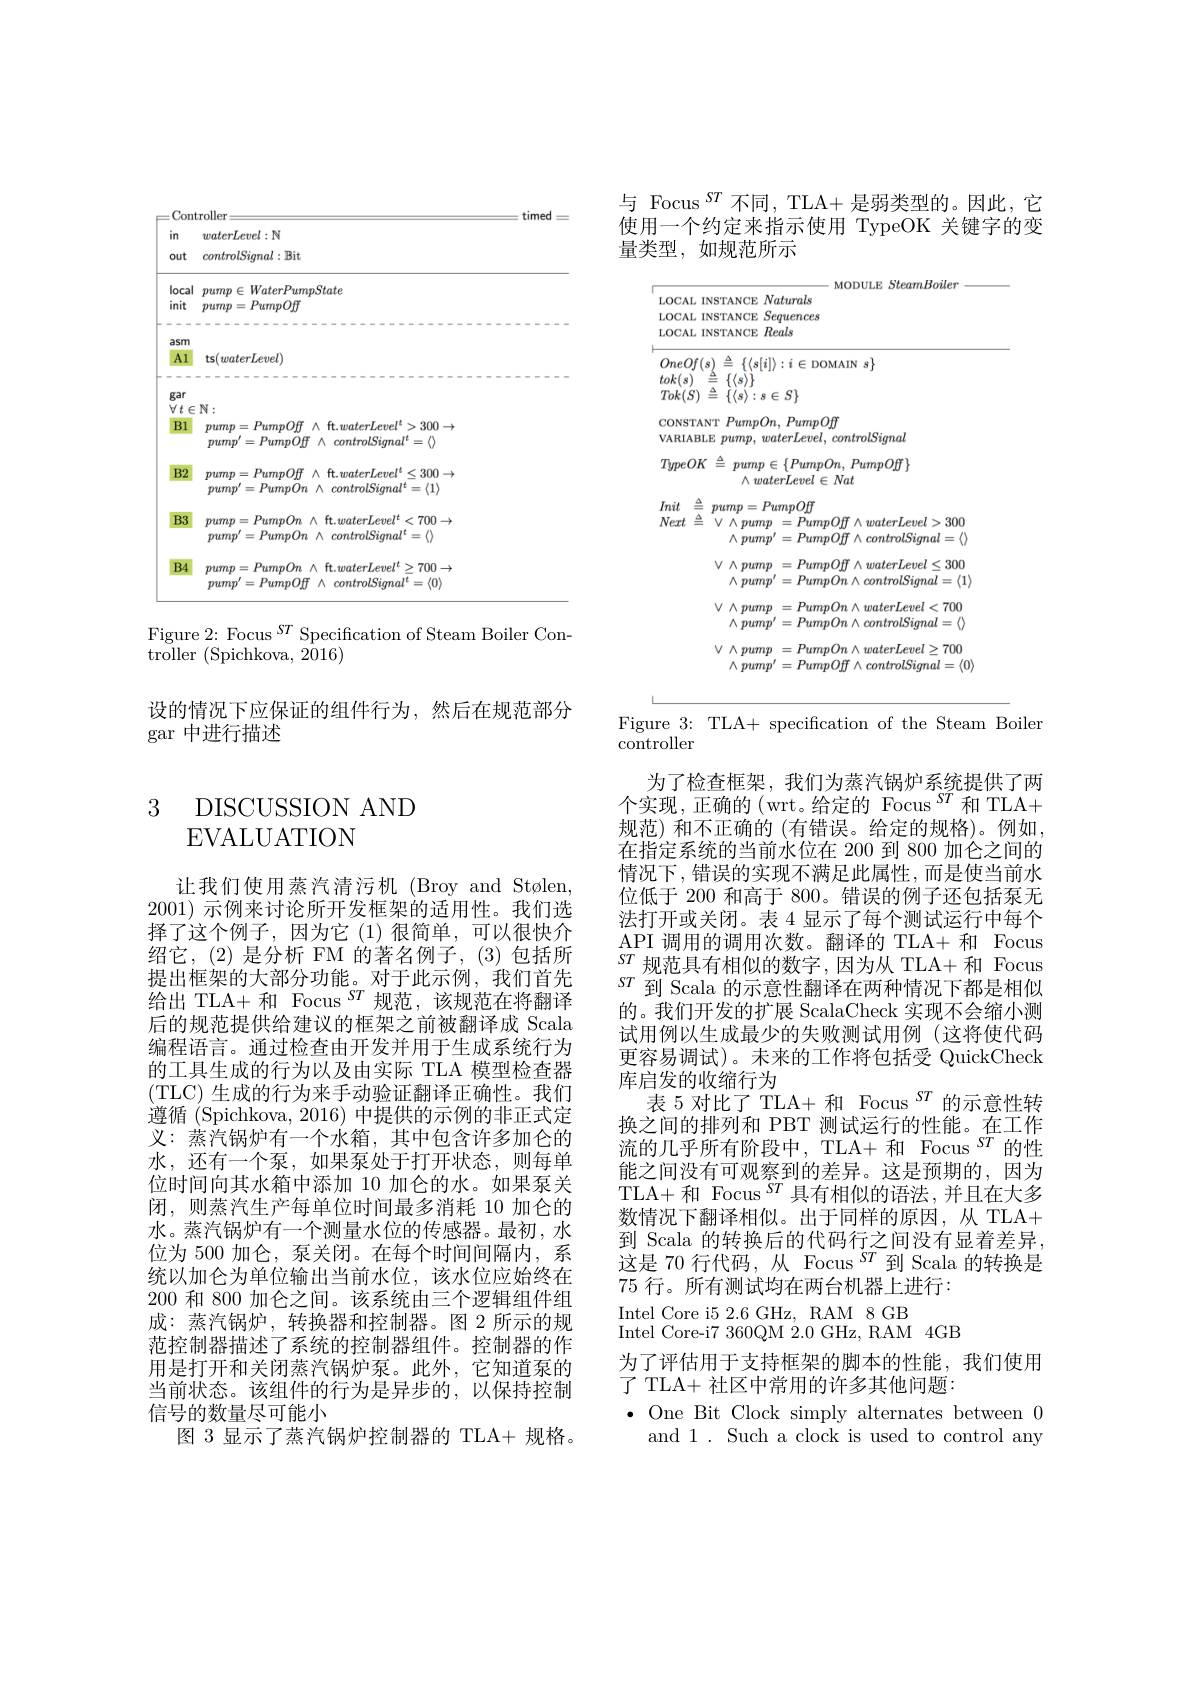
<FigureHere>

Figure 2: Focus $^{ST}$ Specification of Steam Boiler Con-

troller (Spichkova, 2016)
设的情况下应保证的组件行为，然后在规范部分
gar 中 进 行 描 述

## 3 DISCUSSION AND EVALUATION

让我们使用蒸汽清污机(Broy and Stølen 2001)示例来讨论所开发框架的适用性。我们选择了这个例子，因为它(1)很简单，可以很快介绍它，(2)是分析 FM 的著名例子，(3)包括所提出框架的大部分功能。对于此示例，我们首先给出 TLA+ 和 Focus $^{ST}$规范，该规范在将翻译后的规范提供给建议的框架之前被翻译成 Scala 编程语言。通过检查由开发并用于生成系统行为的工具生成的行为以及由实际 TLA 模型检查器(TLC) 生成的行为来手动验证翻译正确性。我们遵循 (Spichkova, 2016) 中提供的示例的非正式定义：蒸汽锅炉有一个水箱，其中包含许多加仑的水，还有一个泵，如果泵处于打开状态，则每单位时间向其水箱中添加 10 加仑的水。如果泵关闭，则蒸汽生产每单位时间最多消耗 10 加仑的水。蒸汽锅炉有一个测量水位的传感器。最初，水位为 500 加仑，泵关闭。在每个时间间隔内，系统以加仑为单位输出当前水位，该水位应始终在200 和 800 加仑之间。该系统由三个逻辑组件组成：蒸汽锅炉，转换器和控制器。图 2 所示的规范控制器描述了系统的控制器组件。控制器的作用是打开和关闭蒸汽锅炉泵。此外，它知道泵的当前状态。该组件的行为是异步的，以保持控制信号的数量尽可能小
图 3 显示了蒸汽锅炉控制器的 TLA+ 规格。

与 Focus$^{ST}$不同，TLA+ 是弱类型的。因此，它使用一个约定来指示使用 TypeOK 关键字的变
<FigureHere>

Figure 3: TLA+ specification of the Steam Boiler

$\bar{\mathrm{controller}}$
为了检查框架，我们为蒸汽锅炉系统提供了两个实现，正确的(wrt。给定的 Focus$^ST$和TLA+ 规范)和不正确的(有错误。给定的规格)。例如， 在指定系统的当前水位在 200 到 800 加仑之间的情况下，错误的实现不满足此属性，而是使当前水位低于 200 和高于 800。错误的例子还包括泵无法打开或关闭。表 4 显示了每个测试运行中每个API 调用的调用次数。翻译的 TLA+ 和 Focus $ST$规范具有相似的数字，因为从TLA+和Focus $ST$到 Scala 的示意性翻译在两种情况下都是相似的。我们开发的扩展 ScalaCheck 实现不会缩小测试用例以生成最少的失败测试用例(这将使代码更容易调试)。未来的工作将包括受 QuickCheck 库启发的收缩行为
表 5 对比了 TLA+ 和 Focus $^{ST}$的示意性转换之间的排列和 PBT 测试运行的性能。在工作流的几乎所有阶段中，TLA+ 和 Focus $^{ST}$的性能之间没有可观察到的差异。这是预期的，因为TLA+和 Focus$^ST$具有相似的语法，并且在大多数情况下翻译相似。出于同样的原因，从 TLA+ 到 Scala 的转换后的代码行之间没有显着差异这是 70 行代码，从 Focus $^{ST}$到 Scala 的转换是75行。所有测试均在两台机器上进行：
Intel Core i52.6 GHz, RAM 8 GB
Intel Core-i7 360QM $^{'2.0}$ GHz, RAM 4GB
为了评估用于支持框架的脚本的性能，我们使用
了 TLA+ 社区中常用的许多其他问题：
$\bullet$ One Bit Clock simply alternates between 0
and 1. Such a clock is used to control any